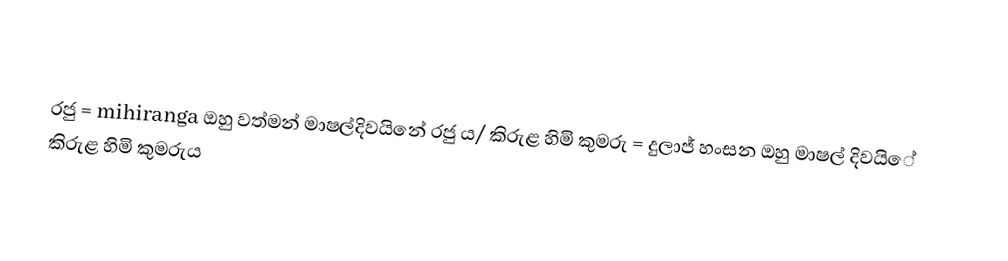

රජු =        mihiranga          ඔහු වත්මන් මාෂල්දිවයි‌නේ රජු  ‌ය/  කිරුළ හිමි කුමරු = දුලාජ් හංසන      ඔහු මාෂල් දිවයි‌ේ කිරුළ හිමි කුමරුය